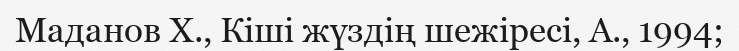
Маданов Х., Кіші жүздің шежіресі, А., 1994;